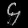
Digit: ၄